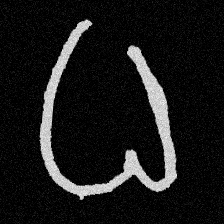
Pyu character \u2014 Myanmar letter: ဓ (romanized: dha)